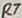
Text: R7